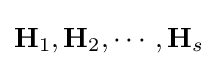
\mathbf {H} _{1},\mathbf {H} _{2},\cdots ,\mathbf {H} _{s}